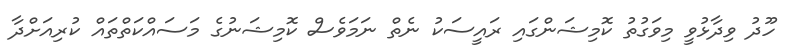
ހޫދު ވިދާޅުވީ މިވަގުތު ކޮމިޝަންގައި ރައީސަކު ނެތް ނަމަވެސް ކޮމިޝަނުގެ މަސައްކަތްތައް ކުރިއަށްދާ